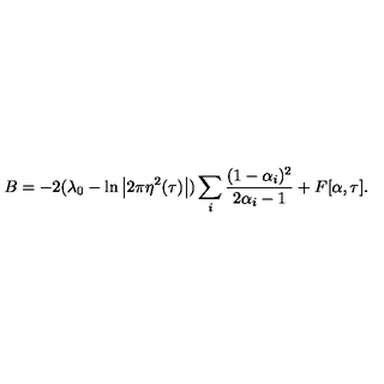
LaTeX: B = - 2 ( \lambda _ { 0 } - \ln \left| 2 \pi \eta ^ { 2 } ( \tau ) \right| ) \sum _ { i } \frac { ( 1 - \alpha _ { i } ) ^ { 2 } } { 2 \alpha _ { i } - 1 } + F [ \alpha , \tau ] .